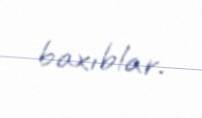
baxıblar.